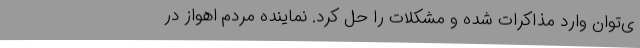
ی‌توان وارد مذاکرات شده و مشکلات را حل کرد. نماینده مردم اهواز در